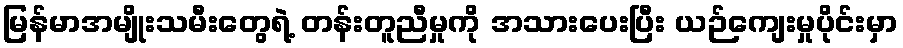
မြန်မာအမျိုးသမီးတွေရဲ့ တန်းတူညီမှုကို အသားပေးပြီး ယဉ်ကျေးမှုပိုင်းမှာ